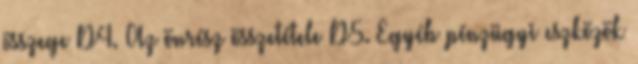
összege D4. Az önrész összetétele D5. Egyéb pénzügyi eszközök